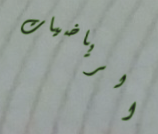
الرياضيات